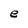
Character: e